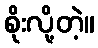
စိုးလို့တဲ့။